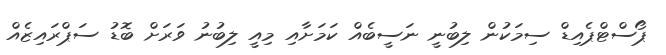
ޕޯސްޓްޕެއިޑް ސިމަކުން ލިބުނީ ނަސީބެއް ކަމަށާއި މިއީ ލިބުނު ވަރަށް ބޮޑު ސަޕްރައިޒެއް